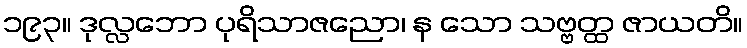
၁၉၃။ ဒုလ္လဘော ပုရိသာဇညော၊ န သော သဗ္ဗတ္ထ ဇာယတိ။